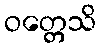
ဝတ္တေသိ